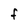
Character: f